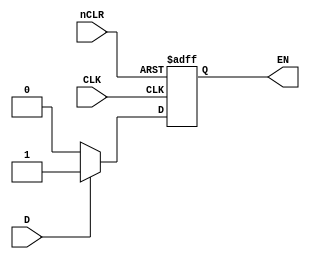
module DFF1 (CLK, D, nCLR, EN);

	input CLK, D, nCLR;
	output EN;
	reg EN;
	
	always@(posedge CLK or negedge nCLR)
	begin 
		if(nCLR == 0)
			begin EN <= 0; end
		else if(D == 1)
			begin EN <= 1; end				
		else if(D == 0)			
			begin EN = 0; end		
	end	
	
endmodule